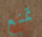
تمنع